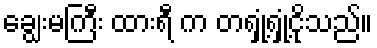
ချွေးမကြီး ထားရီ က တရှုံ့ရှုံ့ငိုသည်။